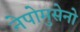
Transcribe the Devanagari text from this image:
नेपोमुसेनो